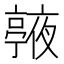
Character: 𠆙